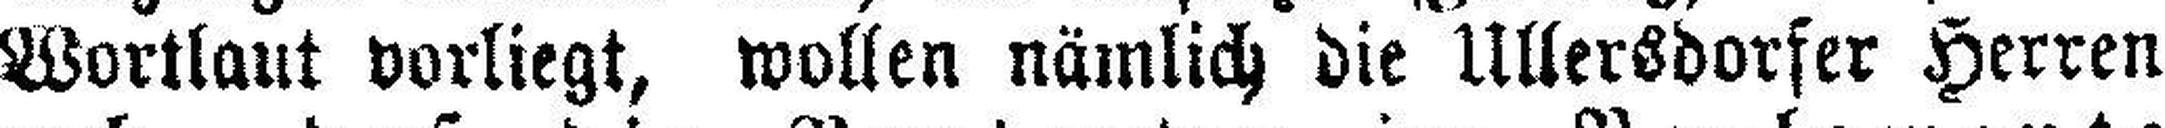
Wortlaut vorliegt, wollen nämlich die Ullersdorfer Herren